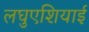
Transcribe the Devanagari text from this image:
लघुएशियाई